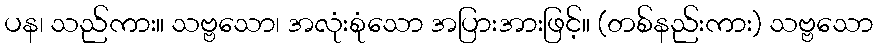
ပန၊ သည်ကား။ သဗ္ဗသော၊ အလုံးစုံသော အပြားအားဖြင့်။ (တစ်နည်းကား) သဗ္ဗသော